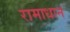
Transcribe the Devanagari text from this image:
रामाधान